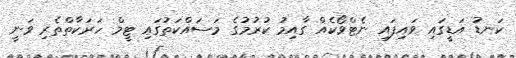
ކަނޑު އަޑީގައި ވައިފައި ނެޓްވޯކެއް ގާއިމު ކުރުމުގެ މަސައްކަތުގައި ޓީމް ހަރަކާތްތެރި ވަނީ